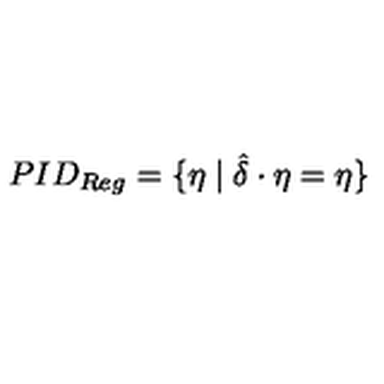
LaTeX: P I D _ { R e g } = \{ \eta \mid \hat { \delta } \cdot \eta = \eta \}